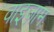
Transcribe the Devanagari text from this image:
वाइज़ाम